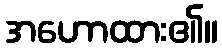
အဟောထား၏။